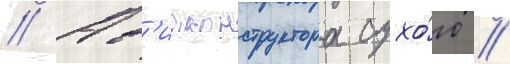
// Ав'иаконструктора сухо́го //